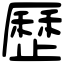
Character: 歷